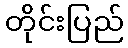
တိုင်းပြည်